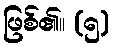
ဖြစ်၏။ (၅)